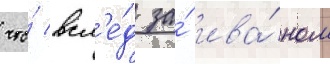
что́ всл'е́д за́ ива́ном